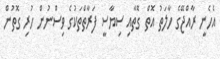
އެހެނީ ރާއްޖޭގެ ހާލަތު އޮތް ގޮތާއި ސިޔާސީ ފަރާތްތަކުގެ ވިސްނުން ހުރި ގޮތުން